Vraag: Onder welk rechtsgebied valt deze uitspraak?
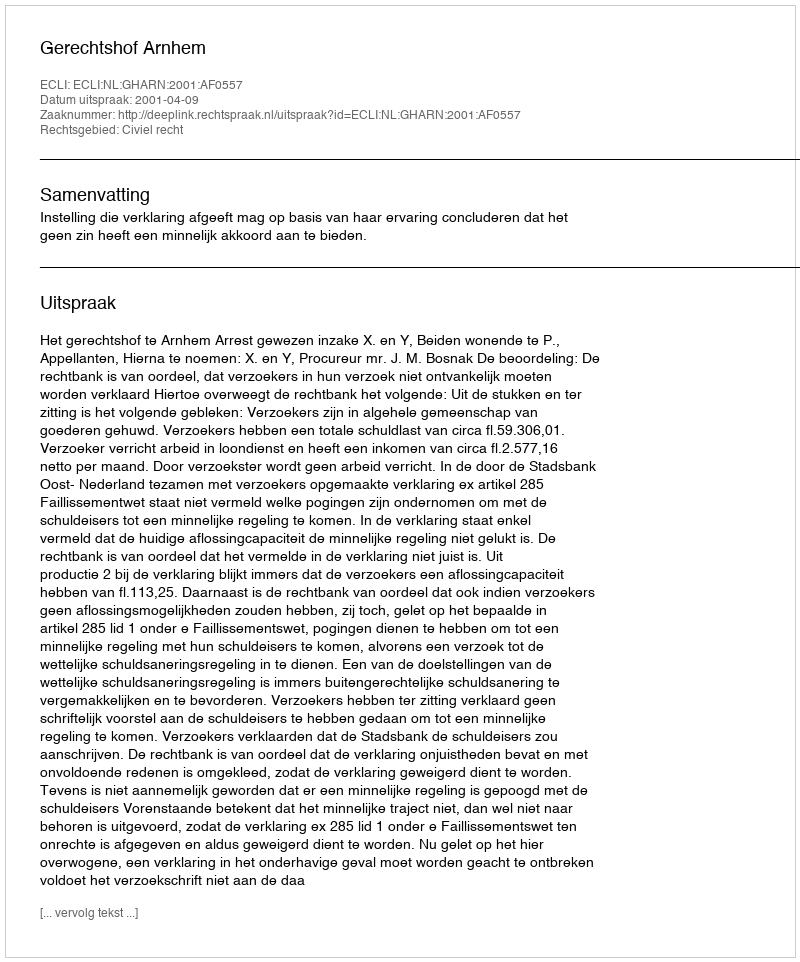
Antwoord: Civiel recht